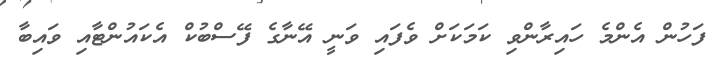
ފަހުން އެންމެ ހައިރާންވި ކަމަކަށް ވެފައި ވަނީ އޭނާގެ ފޭސްބުކް އެކައުންޓާއި ވައިބާ